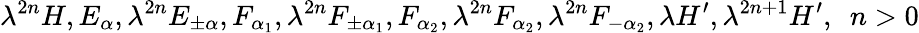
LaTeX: \lambda^{2n}H,E_{\alpha},\lambda^{2n}E_{\pm\alpha},F_{\alpha_{1}},\lambda^{2n}F_{\pm\alpha_{1}},F_{\alpha_{2}},\lambda^{2n}F_{\alpha_{2}},\lambda^{2n}F_{-\alpha_{2}},\lambda H^{\prime},\lambda^{2n+1}H^{\prime},~~n>0